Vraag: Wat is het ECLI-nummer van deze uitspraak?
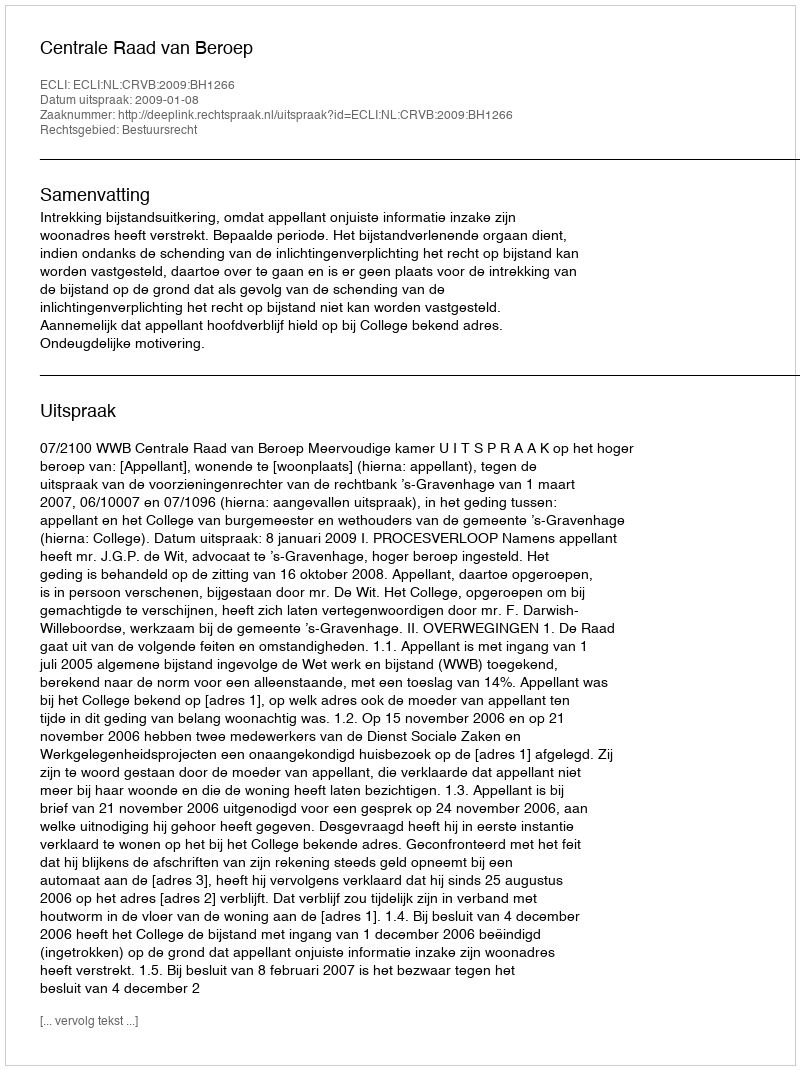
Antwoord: ECLI:NL:CRVB:2009:BH1266